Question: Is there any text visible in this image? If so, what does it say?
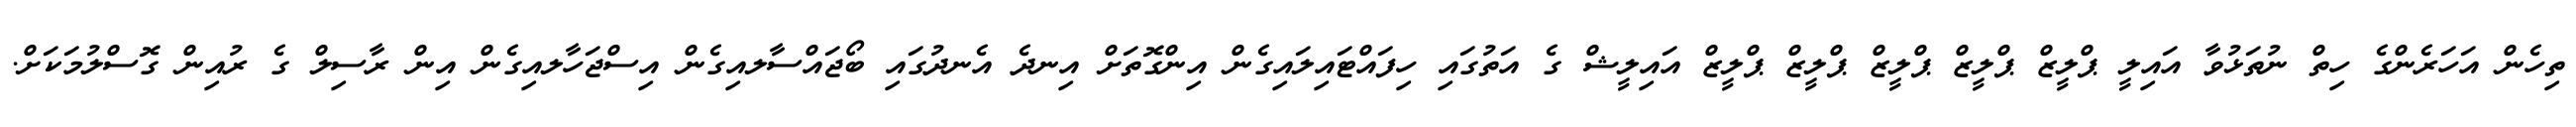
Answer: ތިހެން އަހަރެންގެ ހިތް ނުތަޅުވާ އައިލީ ޕްލީޒް ޕްލީޒް ޕްލީޒް ޕްލީޒް ޕްލީޒް އައިލީޝް ގެ އަތުގައި ހިފައްޓައިލައިގެން އިންގޮތަށް އިނދެ އެނދުގައި ބޯޖައްސާލއިގެން އިސްޖަހާލއިގެން އިން ރާސިލް ގެ ރުއިން ގޮސްލުމަކަށް.